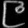
Digit: ၉